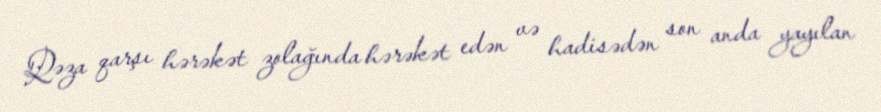
Qəza qarşı hərəkət zolağında hərəkət edən və hadisədən son anda yayılan